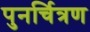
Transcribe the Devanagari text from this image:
पुनर्चित्रण